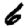
Digit: 6